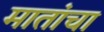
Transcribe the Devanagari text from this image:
मातांचा